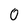
Character: 0